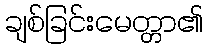
ချစ်ခြင်းမေတ္တာ၏